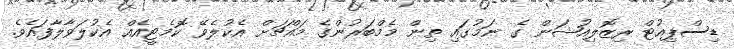
ޑިސްޕިއުޓް ރިޒޮލިއުޝަން ގެ ނަމުގައި ތިން މެމްބަރުންގެ މައްޗަށް އެކުލެވޭ ކޮމެޓީއެއް އެކުލަވާލާފައެވެ.